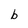
Character: b